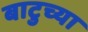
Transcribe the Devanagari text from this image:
बाटुच्या